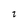
Character: t